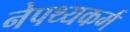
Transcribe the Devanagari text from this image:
नेपथ्यकर्म